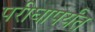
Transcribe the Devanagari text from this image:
परीघापर्यंत